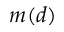
m ( d )